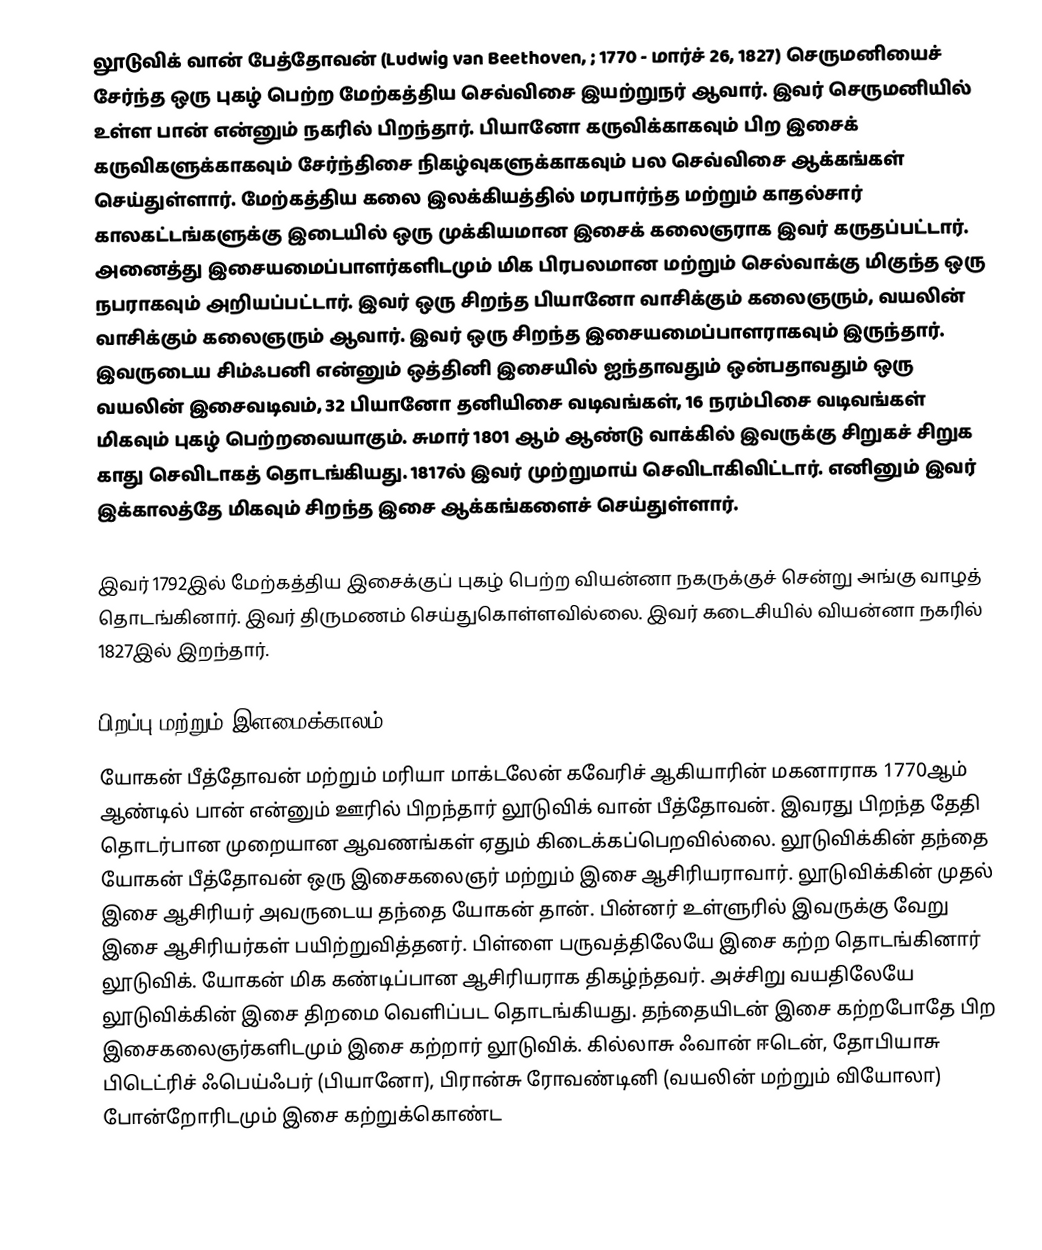
லூடுவிக் வான் பேத்தோவன் (Ludwig van Beethoven, ; 1770 - மார்ச் 26, 1827) செருமனியைச் சேர்ந்த ஒரு புகழ் பெற்ற மேற்கத்திய செவ்விசை இயற்றுநர் ஆவார். இவர் செருமனியில் உள்ள பான் என்னும் நகரில் பிறந்தார். பியானோ கருவிக்காகவும் பிற இசைக் கருவிகளுக்காகவும் சேர்ந்திசை நிகழ்வுகளுக்காகவும் பல செவ்விசை ஆக்கங்கள் செய்துள்ளார். மேற்கத்திய கலை இலக்கியத்தில் மரபார்ந்த மற்றும் காதல்சார்  காலகட்டங்களுக்கு இடையில் ஒரு முக்கியமான இசைக் கலைஞராக இவர் கருதப்பட்டார். அனைத்து இசையமைப்பாளர்களிடமும் மிக பிரபலமான மற்றும் செல்வாக்கு மிகுந்த ஒரு நபராகவும் அறியப்பட்டார். இவர் ஒரு சிறந்த பியானோ வாசிக்கும் கலைஞரும், வயலின் வாசிக்கும் கலைஞரும் ஆவார். இவர் ஒரு சிறந்த இசையமைப்பாளராகவும் இருந்தார். இவருடைய சிம்ஃபனி என்னும் ஒத்தினி இசையில் ஐந்தாவதும் ஒன்பதாவதும் ஒரு வயலின் இசைவடிவம், 32 பியானோ தனியிசை வடிவங்கள், 16 நரம்பிசை வடிவங்கள் மிகவும் புகழ் பெற்றவையாகும். சுமார் 1801 ஆம் ஆண்டு வாக்கில் இவருக்கு சிறுகச் சிறுக காது செவிடாகத் தொடங்கியது. 1817ல் இவர் முற்றுமாய் செவிடாகிவிட்டார். எனினும் இவர் இக்காலத்தே மிகவும் சிறந்த இசை ஆக்கங்களைச் செய்துள்ளார்.

இவர் 1792இல் மேற்கத்திய இசைக்குப் புகழ் பெற்ற வியன்னா நகருக்குச் சென்று அங்கு வாழத் தொடங்கினார். இவர் திருமணம் செய்துகொள்ளவில்லை. இவர் கடைசியில் வியன்னா நகரில் 1827இல் இறந்தார்.

பிறப்பு மற்றும் இளமைக்காலம்
யோகன் பீத்தோவன் மற்றும் மரியா மாக்டலேன் கவேரிச் ஆகியாரின் மகனாராக 1770ஆம் ஆண்டில் பான் என்னும் ஊரில் பிறந்தார் லூடுவிக் வான் பீத்தோவன். இவரது பிறந்த தேதி தொடர்பான முறையான ஆவணங்கள் ஏதும் கிடைக்கப்பெறவில்லை. லூடுவிக்கின் தந்தை யோகன் பீத்தோவன் ஒரு இசைகலைஞர் மற்றும் இசை ஆசிரியராவார். லூடுவிக்கின் முதல் இசை ஆசிரியர் அவருடைய தந்தை யோகன் தான். பின்னர் உள்ளுரில் இவருக்கு வேறு இசை ஆசிரியர்கள் பயிற்றுவித்தனர். பிள்ளை பருவத்திலேயே இசை கற்ற தொடங்கினார் லூடுவிக். யோகன் மிக கண்டிப்பான ஆசிரியராக திகழ்ந்தவர். அச்சிறு வயதிலேயே லூடுவிக்கின் இசை திறமை வெளிப்பட தொடங்கியது. தந்தையிடன் இசை கற்றபோதே பிற இசைகலைஞர்களிடமும் இசை கற்றார் லூடுவிக். கில்லாசு ஃவான் ஈடென், தோபியாசு பிடெட்ரிச் ஃபெய்ஃபர் (பியானோ), பிரான்சு ரோவண்டினி (வயலின் மற்றும் வியோலா) போன்றோரிடமும் இசை கற்றுக்கொண்ட